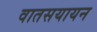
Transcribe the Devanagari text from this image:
वातसयायन